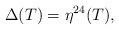
\begin{align*}\Delta(T) = \eta^{24}(T),\end{align*}